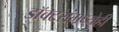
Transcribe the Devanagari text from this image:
डॉक्‍टरांमध्येही